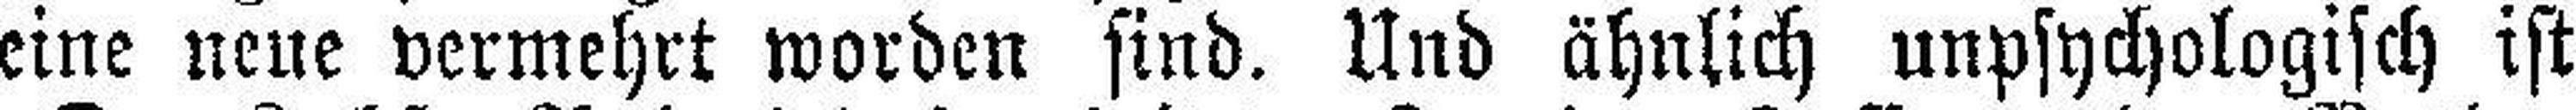
eine neue vermehrt worden sind. Und ähnlich unpsychologisch ist